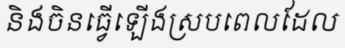
និងចិនធ្វើឡើងស្របពេលដែល